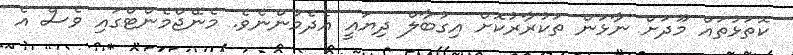
ކޮތަޅުތައް މޫދަށް ނާޅަން ތަކުރާރުކޮށް އިގުބާލް ދިޔައީ އެދެމުންނެވެ. މެނޭޖްމެންޓްގައި ވެސް އެ